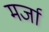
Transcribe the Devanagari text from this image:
मर्जा